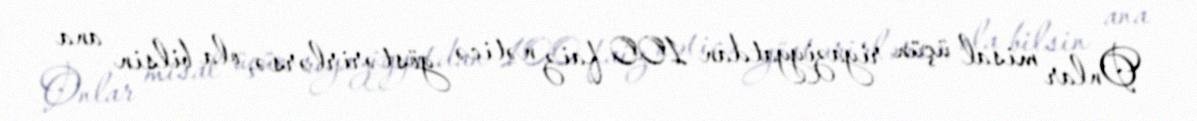
Onlar misal üçün riyaziyyatdan 100 faiz nəticə göstərirlərsə, ola bilsin ana